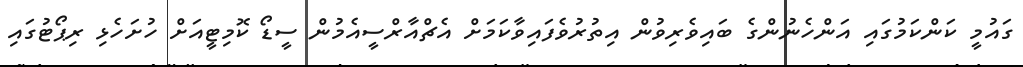
ގައުމީ ކަންކަމުގައި އަންހެނުންގެ ބައިވެރިވުން އިތުރުވެފައިވާކަމަށް އެޗްއާރްސީއެމުން ސީޑޯ ކޮމިޓީއަށް ހުށަހެޅި ރިޕޯޓުގައި